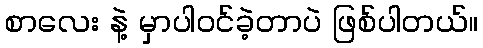
စာလေး နဲ့ မှာပါဝင်ခဲ့တာပဲ ဖြစ်ပါတယ်။